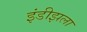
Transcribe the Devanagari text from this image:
इंडीझला